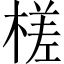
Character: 槎